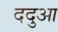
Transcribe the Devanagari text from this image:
ददुआ